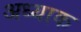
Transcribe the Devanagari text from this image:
अध्याक